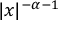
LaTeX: | x | ^ { - \alpha - 1 }